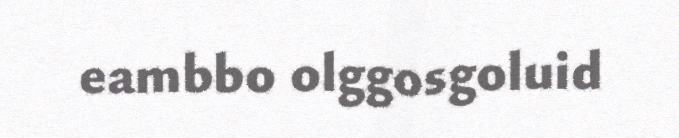
eambbo olggosgoluid